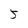
Character: 5